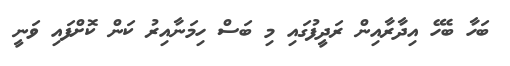
ބަހާ ބެހޭ އިދާރާއިން ރަދީފުގައި މި ބަސް ހިމަނާއިރު ކަން ކޮށްފައި ވަނީ